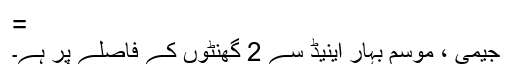
=
جیمی ، موسم بہار اینیڈ سے 2 گھنٹوں کے فاصلے پر ہے۔